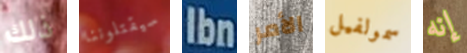
ذلك سيقتلوننا Ibn الأمر سمولفيل إنه